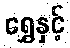
ရွှေနှင့်